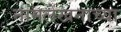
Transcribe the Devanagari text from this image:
नामलेखनाच्या